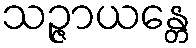
သဉ္ဇာယန္တေ